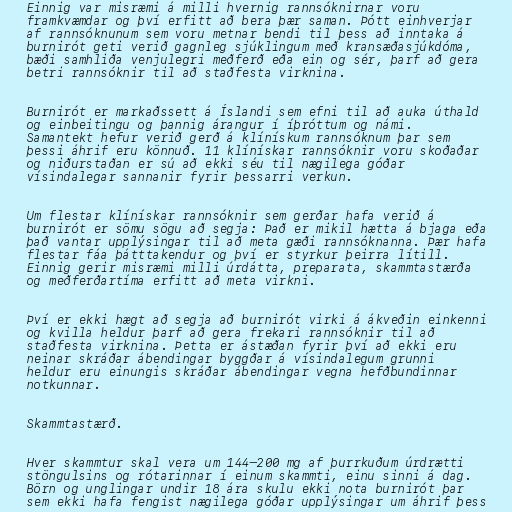
Einnig var misræmi á milli hvernig rannsóknirnar voru
framkvæmdar og því erfitt að bera þær saman. Þótt einhverjar
af rannsóknunum sem voru metnar bendi til þess að inntaka á
burnirót geti verið gagnleg sjúklingum með kransæðasjúkdóma,
bæði samhliða venjulegri meðferð eða ein og sér, þarf að gera
betri rannsóknir til að staðfesta virknina.

Burnirót er markaðssett á Íslandi sem efni til að auka úthald
og einbeitingu og þannig árangur í íþróttum og námi.
Samantekt hefur verið gerð á klínískum rannsóknum þar sem
þessi áhrif eru könnuð. 11 klínískar rannsóknir voru skoðaðar
og niðurstaðan er sú að ekki séu til nægilega góðar
vísindalegar sannanir fyrir þessarri verkun.

Um flestar klínískar rannsóknir sem gerðar hafa verið á
burnirót er sömu sögu að segja: Það er mikil hætta á bjaga eða
það vantar upplýsingar til að meta gæði rannsóknanna. Þær hafa
flestar fáa þátttakendur og því er styrkur þeirra lítill.
Einnig gerir misræmi milli úrdátta, preparata, skammtastærða
og meðferðartíma erfitt að meta virkni.

Því er ekki hægt að segja að burnirót virki á ákveðin einkenni
og kvilla heldur þarf að gera frekari rannsóknir til að
staðfesta virknina. Þetta er ástæðan fyrir því að ekki eru
neinar skráðar ábendingar byggðar á vísindalegum grunni
heldur eru einungis skráðar ábendingar vegna hefðbundinnar
notkunnar.

Skammtastærð.

Hver skammtur skal vera um 144–200 mg af þurrkuðum úrdrætti
stöngulsins og rótarinnar í einum skammti, einu sinni á dag.
Börn og unglingar undir 18 ára skulu ekki nota burnirót þar
sem ekki hafa fengist nægilega góðar upplýsingar um áhrif þess